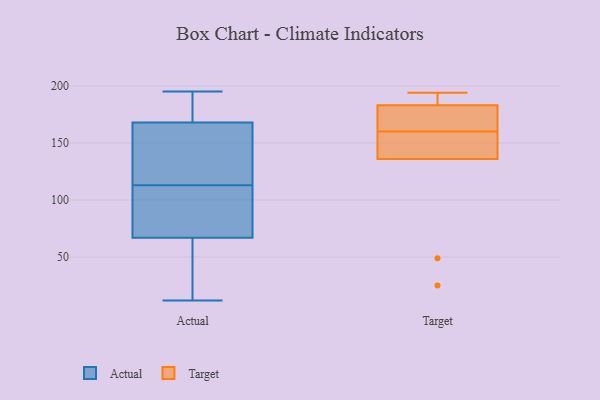
{"axis": {"x": "Energy Usage (MWh)", "y": "Value"}, "legend": ["Actual", "Target"], "data": [{"x": "", "y": 12, "type": "Actual"}, {"x": "", "y": 184, "type": "Actual"}, {"x": "", "y": 86, "type": "Actual"}, {"x": "", "y": 65, "type": "Actual"}, {"x": "", "y": 168, "type": "Actual"}, {"x": "", "y": 122, "type": "Actual"}, {"x": "", "y": 195, "type": "Actual"}, {"x": "", "y": 173, "type": "Actual"}, {"x": "", "y": 193, "type": "Actual"}, {"x": "", "y": 25, "type": "Actual"}, {"x": "", "y": 153, "type": "Actual"}, {"x": "", "y": 129, "type": "Actual"}, {"x": "", "y": 67, "type": "Actual"}, {"x": "", "y": 149, "type": "Actual"}, {"x": "", "y": 104, "type": "Actual"}, {"x": "", "y": 51, "type": "Actual"}, {"x": "", "y": 95, "type": "Actual"}, {"x": "", "y": 76, "type": "Actual"}, {"x": "", "y": 136, "type": "Target"}, {"x": "", "y": 49, "type": "Target"}, {"x": "", "y": 155, "type": "Target"}, {"x": "", "y": 152, "type": "Target"}, {"x": "", "y": 194, "type": "Target"}, {"x": "", "y": 186, "type": "Target"}, {"x": "", "y": 183, "type": "Target"}, {"x": "", "y": 25, "type": "Target"}, {"x": "", "y": 165, "type": "Target"}, {"x": "", "y": 176, "type": "Target"}]}